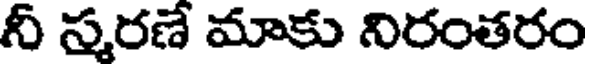
నీ స్మరణే మాకు నిరంతరం